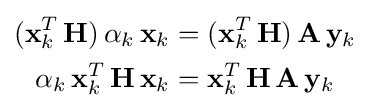
{\begin{aligned}(\mathbf {x} _{k}^{T}\,\mathbf {H} )\,\alpha _{k}\,\mathbf {x} _{k}&=(\mathbf {x} _{k}^{T}\,\mathbf {H} )\,\mathbf {A} \,\mathbf {y} _{k}\\\alpha _{k}\,\mathbf {x} _{k}^{T}\,\mathbf {H} \,\mathbf {x} _{k}&=\mathbf {x} _{k}^{T}\,\mathbf {H} \,\mathbf {A} \,\mathbf {y} _{k}\end{aligned}}